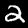
Label: 2